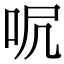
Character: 𠰾